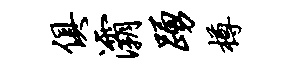
俱灞踊樽